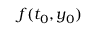
f ( t _ { 0 } , y _ { 0 } )